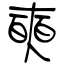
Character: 奭